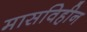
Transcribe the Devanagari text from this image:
मासविहीन